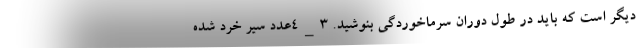
دیگر است که باید در طول دوران سرماخوردگی بنوشید. 3_4عدد سیر خرد شده